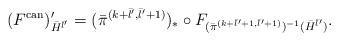
LaTeX: \begin{align*}(F^{\mathrm{can}})^{\prime}_{\bar{H}^{\bar{l}^{\prime}} } = (\bar{\pi}^{(k+ \bar{l}^{\prime} ,\bar{l}^{\prime} + 1)})_{*} \circ F_{(\bar{\pi}^{(k+\bar{l}^{\prime} +1, \bar{l}^{\prime} +1)})^{-1}(\bar{H}^{\bar{l}^{\prime} })}.\end{align*}